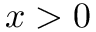
x > 0